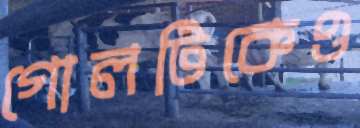
গোলটিকেও